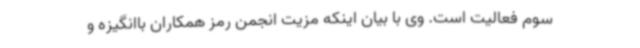
سوم فعالیت است. وی با بیان اینکه مزیت انجمن رمز همکاران باانگیزه و